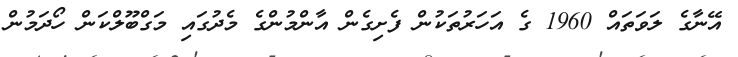
އޭނާގެ ލަވަތައް 1960 ގެ އަހަރުތަކުން ފެށިގެން އާންމުންގެ މެދުގައި މަގްބޫލްކަން ހޯދަމުން